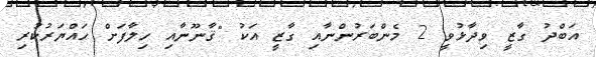
އަބްދު ގާޒީ ވިދާޅުވީ 2 މެންބަރުންނާއި ގާޒީ އަކު "ޤާނޫނާއި ހިލާފަށް ހައްޔަރުކުރި